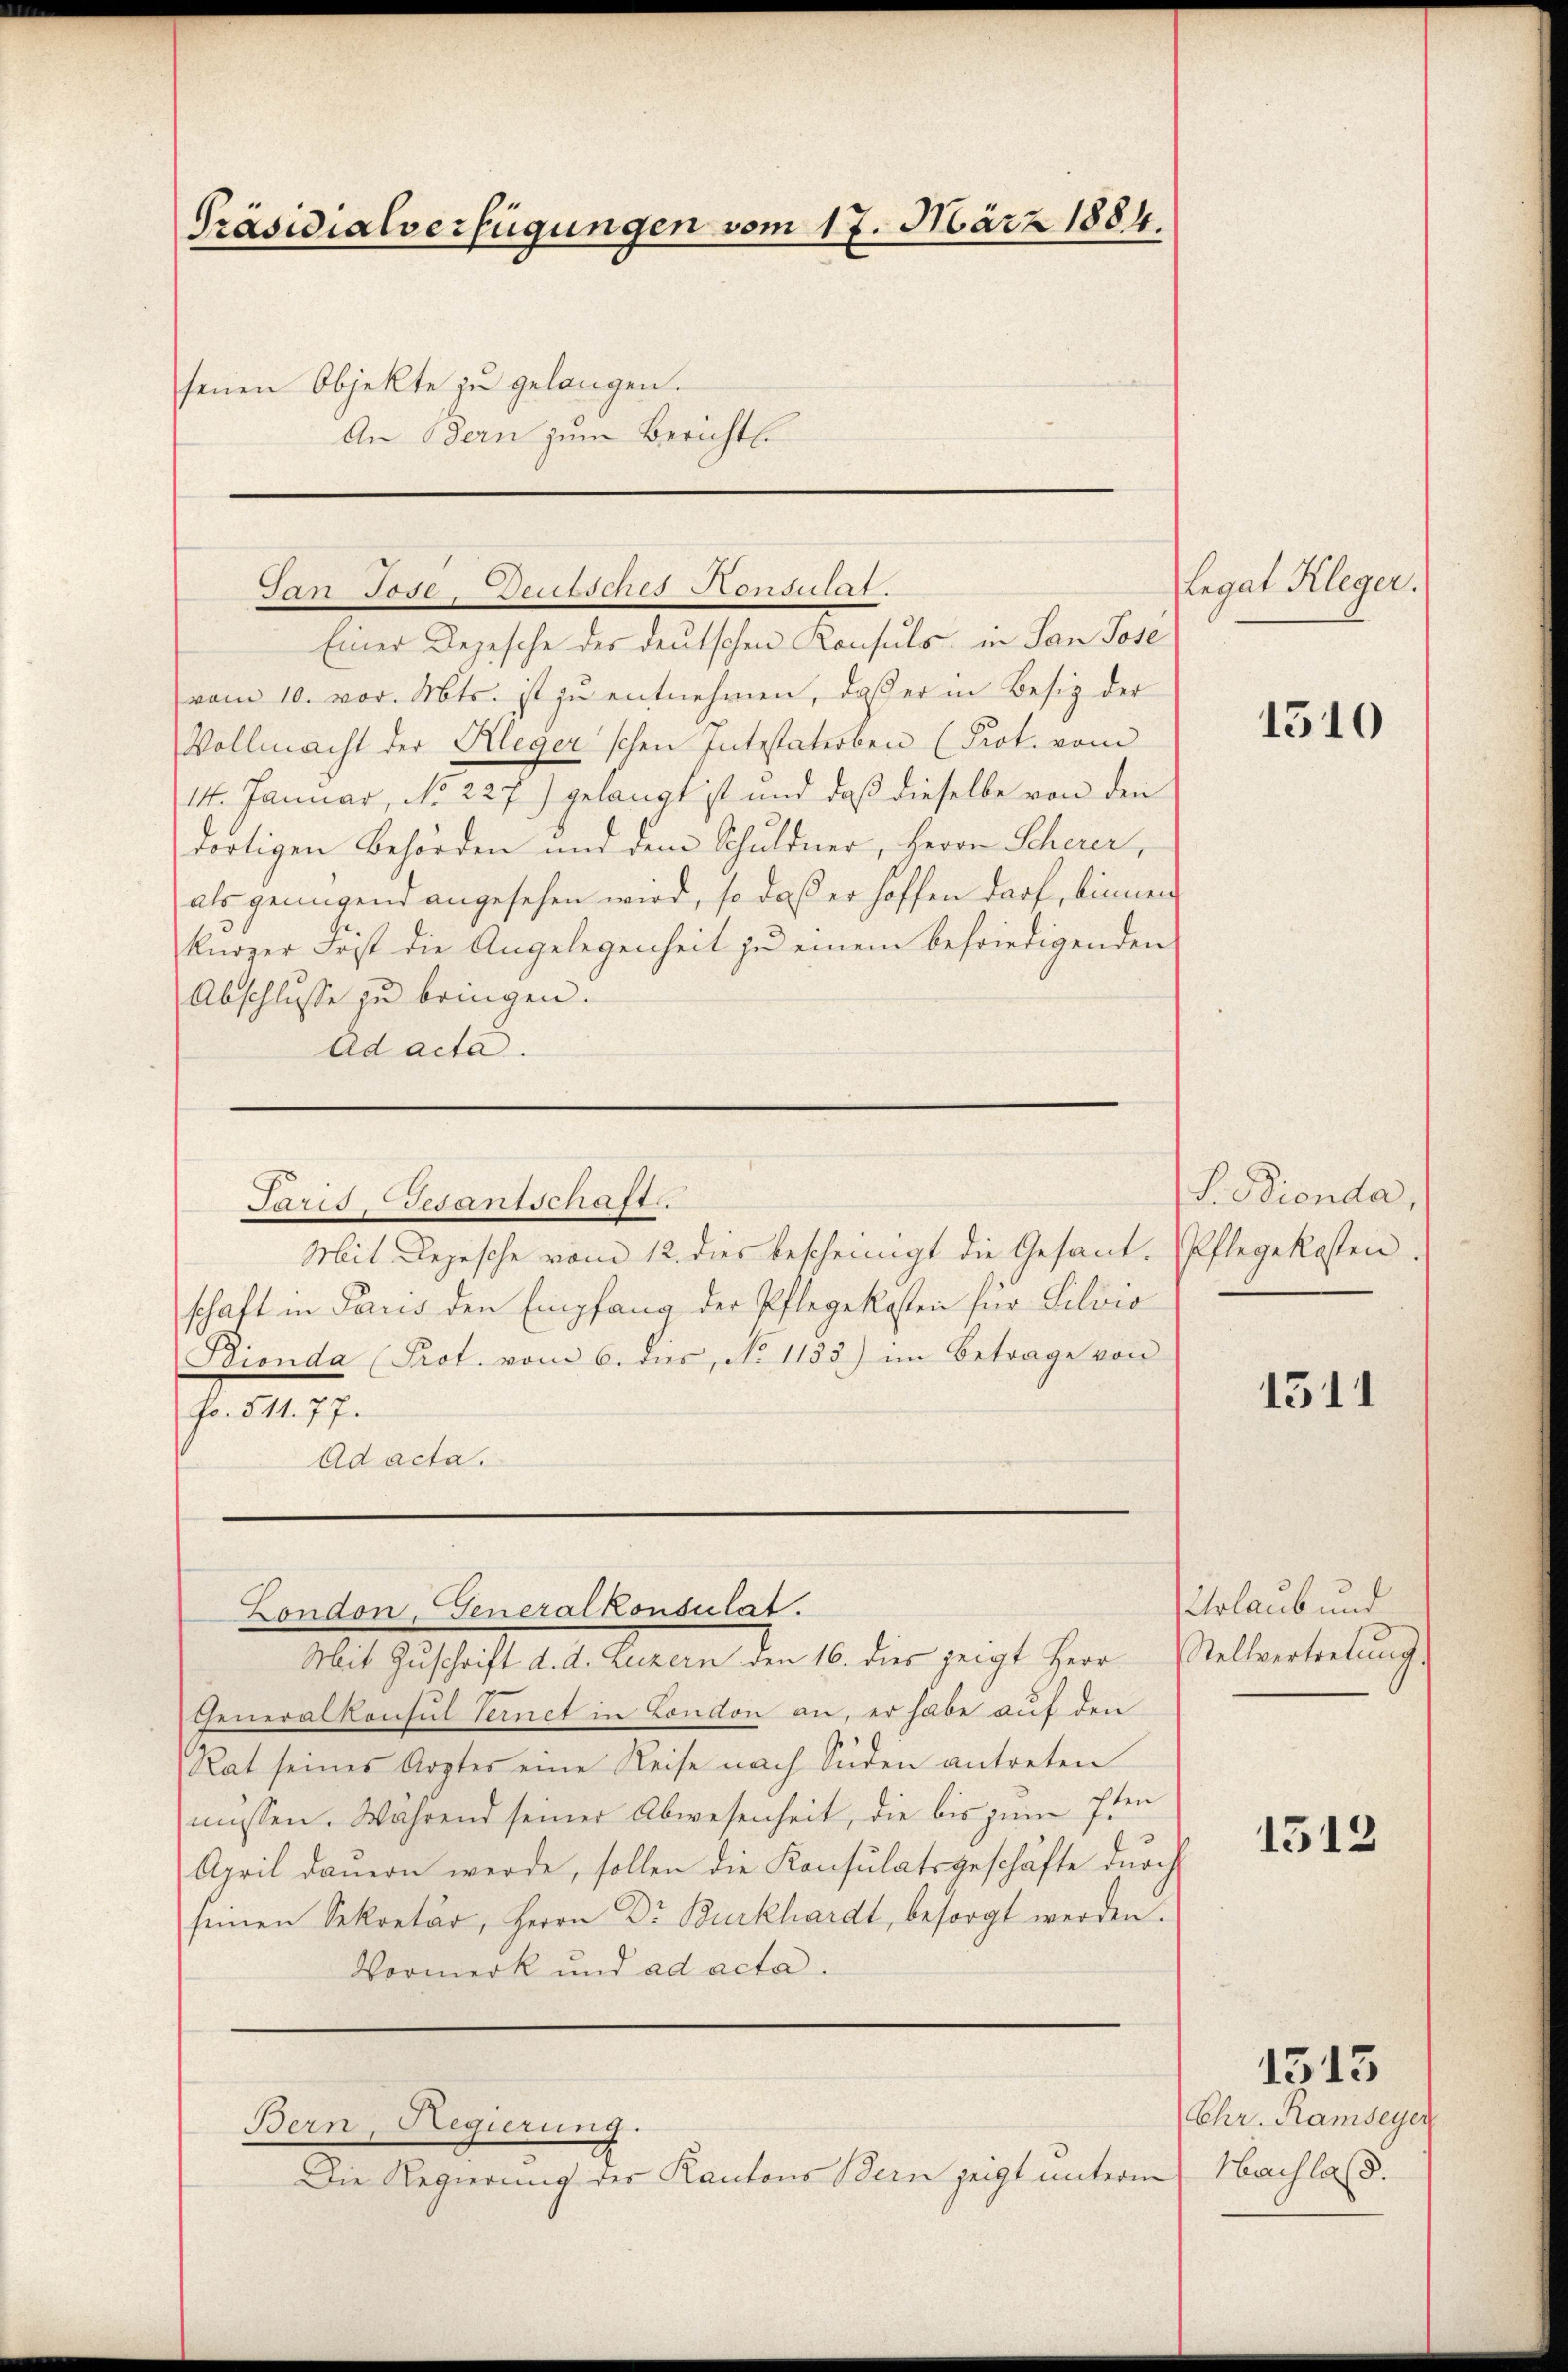
Präsidialverfügungen vom 17. März 1884.
senen Objekte zu gelangen.
An Bern zum Bericht.

vom 10. vor. Mts. ist zu entnehmen, daß er in Besitz der
Vollmacht der Kleger'schen Intestaterben (Prot. vom
14. Januar, No 227) gelangt ist und daß dieselbe von den
dortigen Behörden und dem Schuldner, Herrn Scherer,
als genügend angesehen wird, so daß er hoffen darf, binnen
kürzer Frist die Angelegenheit zu einem befriedigenden
Abschlusse zu bringen.
Ad acta.
Parisesantschaft.
Mit Depesche vom 12. dies bescheinigt die Gesand-Pflegekosten
schaft in Paris den Empfang der Pflegekosten für Silvio
Bionda (Prot. vom 6. dies, No 1133) im Betrage von
Fr. 541. 77.
Ad acta.

Tan Jose-Deutsches Honsulat.
Einer Depesche des deutschen Konsuls in San Jose

London, Generalkonsulat.
Mit Zuschrift d. d. Luzern den 16. dies zeigt Herr

Bern, Regierung.

Die Regierung des Kantons Bern zeigt unterm

Generalkonsul Vernet in London an, er habe auf den
Rat seines Arztes eine Reise nach Süden antreten
müssen. Während seiner Abwesenheit, die bis zum 7ten
April dauern werde, sollen die Konsulatsgeschäfte durch
seinen Sekretär, Herrn Dr. Burkhardt, besorgt werden.
Vormerk und ad acta.

Legat Kleger.

1510

S. dienda,

1511

Urlaub und
Stellvertretŭng.

1512

1513

Chr. Ramseyen
Hachlass.